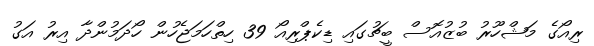
ރިއޯގެ މަޝްހޫރު ބުޒުއޮސް ބީޗުގައި ޑިކެޕްރިއޯ 39 ހިތްހަމަޖެހުން ހޯދަމުންދާ އިރު އަގު